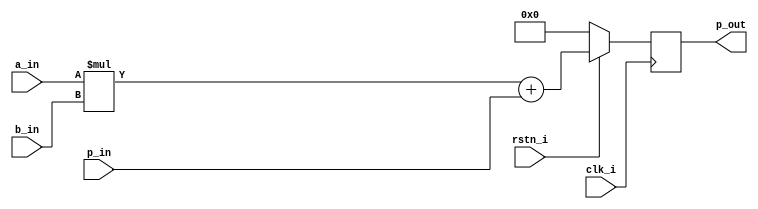

// 
// p_out = p_in + a_in * b_in

module mult_add #(
    parameter AWIDTH     = 16,
    parameter BWIDTH     = 16,
    parameter PIN_WIDTH  = 32,
    parameter POUT_WIDTH = 33 
)(
    input  wire                        clk_i,
    input  wire                        rstn_i,
    input  wire signed[AWIDTH-1:0]     a_in,
    input  wire signed[BWIDTH-1:0]     b_in,
    input  wire signed[PIN_WIDTH-1:0]  p_in,
    output wire signed[POUT_WIDTH-1:0] p_out
);

reg signed[POUT_WIDTH-1:0] p_out_r;

always @(posedge clk_i) begin
    if(~rstn_i) begin
        p_out_r <= 0;
    end else begin
        p_out_r <= a_in * b_in + p_in; 
    end
end

assign p_out = p_out_r;

endmodule

// 
/* 
mult_add #(
    .AWIDTH    (),
    .BWIDTH    (),
    .PIN_WIDTH (),
    .POUT_WIDTH()
) your_instance_name(
    .clk_i (),
    .rstn_i(),
    .a_in  (),
    .b_in  (),
    .p_in  (),
    .p_out ()
);
*/